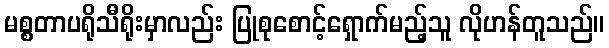
မစ္စတာပရိုသီရိုးမှာလည်း ပြုစုစောင့်ရှောက်မည့်သူ လိုဟန်တူသည်။